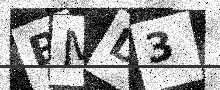
Text: BMD3